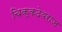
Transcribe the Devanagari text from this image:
चिक्कदेवराज